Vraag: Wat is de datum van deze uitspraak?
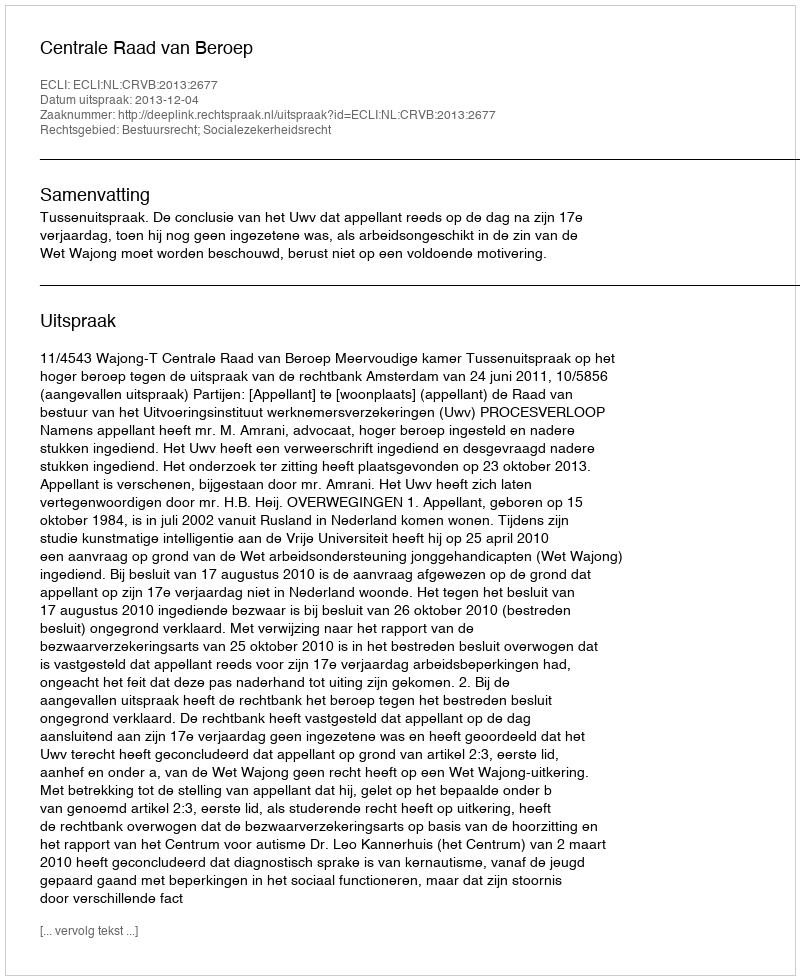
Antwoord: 2013-12-04